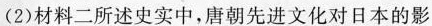
(2)材料二所述史实中，唐朝先进文化对日本的影